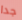
جدا